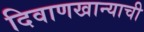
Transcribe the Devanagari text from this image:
दिवाणखान्याची